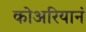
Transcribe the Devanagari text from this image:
कोअरियानं